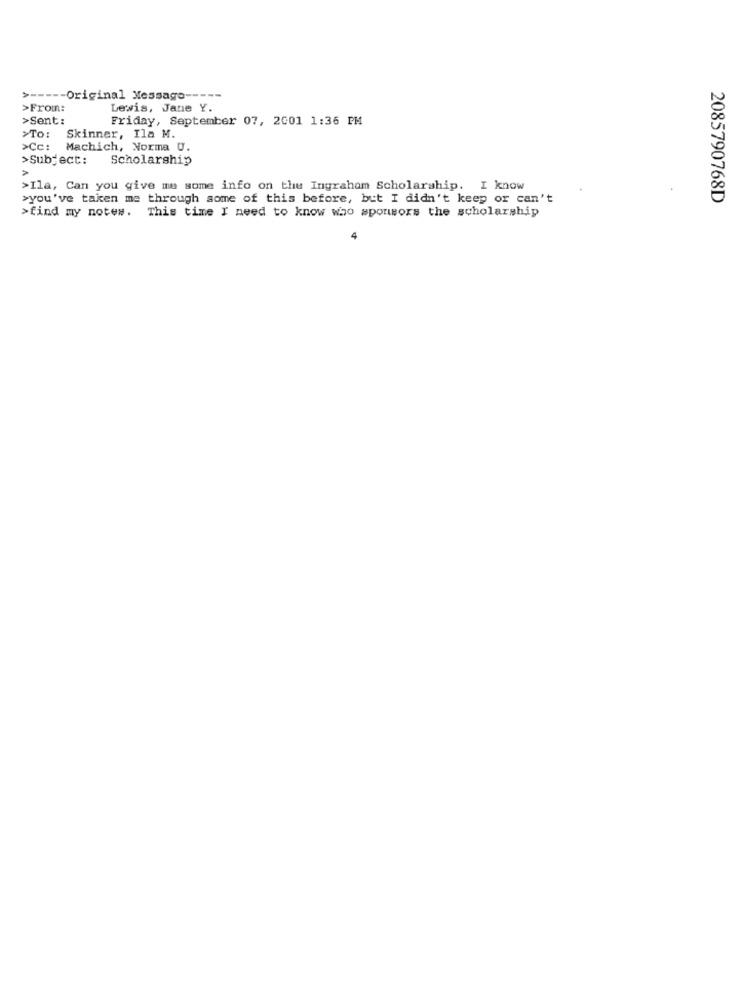
> ----- Original Message -----
>From:
Lewis, Jane Y.
>Sent:
Friday, September 07, 2001 1:36 PM
>To:
Skinner, Ila M.
>Cc: Machich, Norma U.
>Subject: Scholarship
>
>Ila, Can you give me some info on the Ingraham Scholarship. I know
>you've taken me through some of this before, but I didn't keep or can't
2085790768D
>find my notes. This time I need to know who sponsors the scholarship